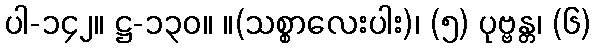
ပါ-၁၄၂။ ဋ္ဌ-၁၃၀။ ။(သစ္စာလေးပါး)၊ (၅) ပုဗ္ဗန္တ၊ (၆)